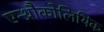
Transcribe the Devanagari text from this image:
एन्थ्रौकोलियिक